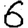
Digit: 6